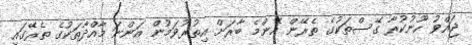
ޖައްވު ހޫނުކުރާ ގޭސްތަކުގެ ތެރޭން އެންމެ ބާރަށް އިތުރުވަމުން އަންނަ މާއްދާތަކުގެ ތެރޭގައި